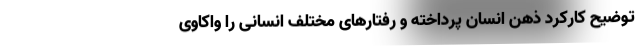
توضیح کارکرد ذهن انسان پرداخته و رفتارهای مختلف انسانی را واکاوی